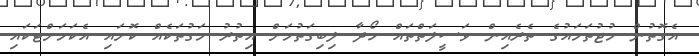
އެގޮތުން މުޖުތަމައުގެ ތެރެއިން ވަސީލަތްތައް ހޯދާ ލިބިގަތުމަށް އިތުރު މަގުތަކެއް ކޮށައި އެކަމަށްޓަކައި